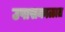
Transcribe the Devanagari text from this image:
उपासकाळात